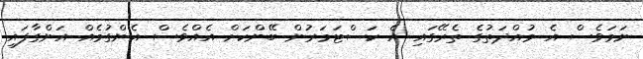
ނަމަވެސް އެ މުއްދަތުގެ ތެރޭގައި އެ ކަސްޓަމަރުން ބޭންކަށް އެއްވެސް އެންގުމެއް އަންގާފައި